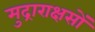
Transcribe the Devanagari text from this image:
मुद्राराक्षसों